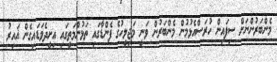
މެންބަރުންނަށް ސިފައިން ހުރަސްއެޅުމުން މެންބަރުން ވަނީ މަޖިލީހުގެ ފެންޑާގައި ތަޅުންމަތީގައި އިށީދެވަޑައިގެން ޣައިރު